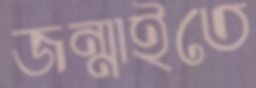
জন্মাইতে